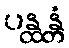
ပန္ထန္တံ